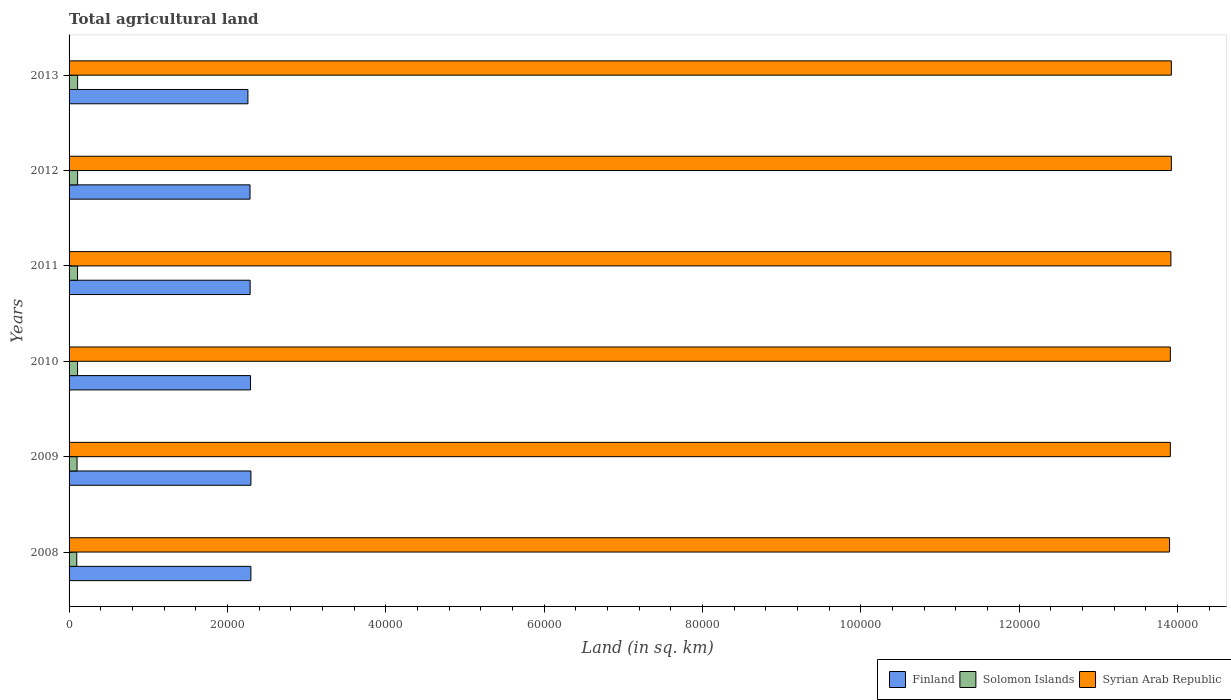
| Years | Finland | Solomon Islands | Syrian Arab Republic |
 | --- | --- | --- | --- |
 | 2008 | 2.3e+04 | 970 | 1.39e+05 |
 | 2009 | 2.3e+04 | 1.01e+03 | 1.39e+05 |
 | 2010 | 2.29e+04 | 1.07e+03 | 1.39e+05 |
 | 2011 | 2.29e+04 | 1.07e+03 | 1.39e+05 |
 | 2012 | 2.29e+04 | 1.08e+03 | 1.39e+05 |
 | 2013 | 2.26e+04 | 1.08e+03 | 1.39e+05 |